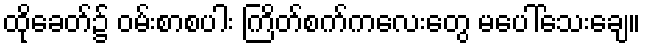
ထိုခေတ်၌ ဝမ်းစာစပါး ကြိတ်စက်ကလေးတွေ မပေါ်သေးချေ။